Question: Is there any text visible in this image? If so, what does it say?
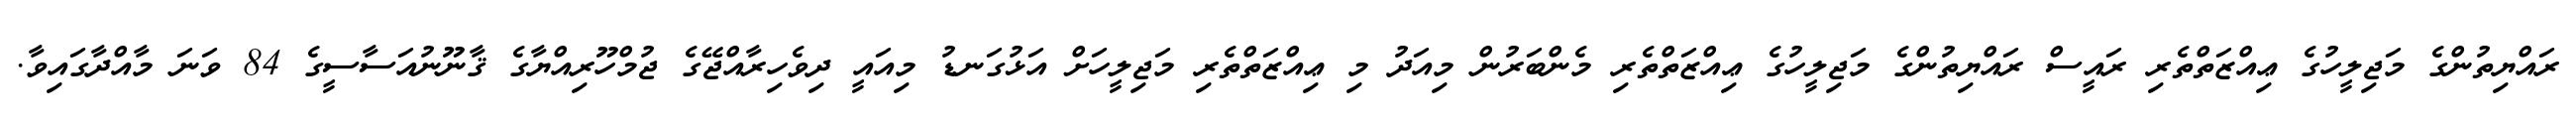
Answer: ރައްޔިތުންގެ މަޖިލީހުގެ ޢިއްޒަތްތެރި ރައީސް ރައްޔިތުންގެ މަޖިލީހުގެ ޢިއްޒަތްތެރި މެންބަރުން މިއަދު މި ޢިއްޒަތްތެރި މަޖިލީހަށް އަޅުގަނޑު މިއައީ ދިވެހިރާއްޖޭގެ ޖުމްހޫރިއްޔާގެ ޤާނޫނުއަސާސީގެ 84 ވަނަ މާއްދާގައިވާ.